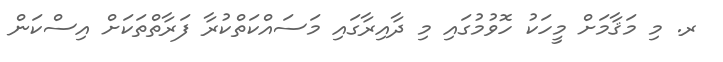
ރ. މި މަޤާމަށް މީހަކު ހޮވުމުގައި މި ދާއިރާގައި މަސައްކަތްކުރާ ފަރާތްތަކަށް އިސްކަން